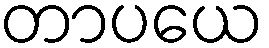
တာပယေ